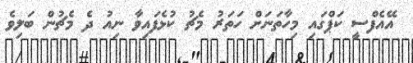
އޭއެފްސީ ކަޕްގައި މިހާތަނަށް ހަތަރު މެޗު ކުޅެފައިވާ ނިއު ދެ މެޗުން ބަލިވެ